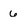
Character: 6